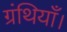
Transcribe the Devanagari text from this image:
ग्रंथियाँ।